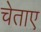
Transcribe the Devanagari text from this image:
चेताए